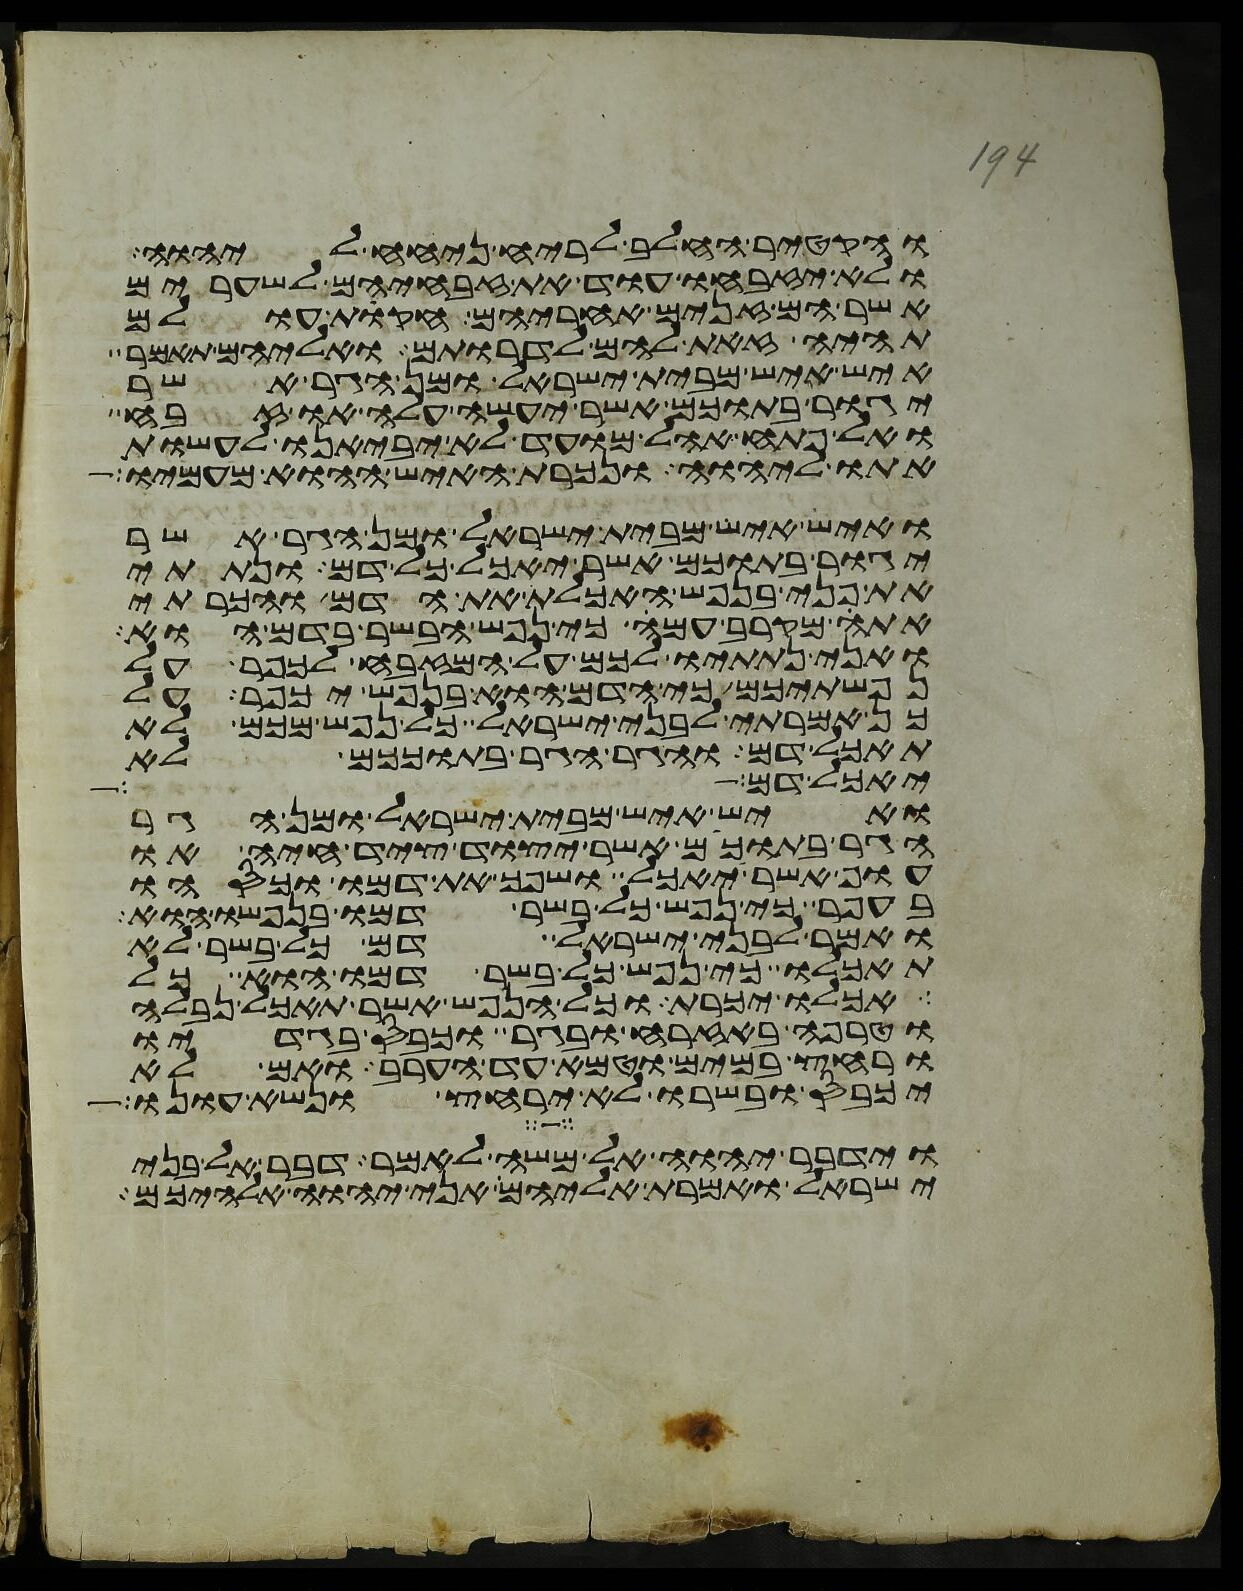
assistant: והקטיר החלב לריח ניחח ליהוה
ולא יזבחו עוד את זבחיהם לשערים
אשר הם זנים אחריהם חקות עולם
תהיה זאת להם לדרותם ואליהם תאמר
איש איש מבית ישראל ומן הגר אשר
יגור בתוכם אשר יעשה עלה או זבח
ואל פתח אהל מועד לא יביאנו לעשות
אתו ליהוה ונכרת האיש ההוא מעמיו
ואיש איש מבית ישראל ומן הגר אשר
יגור בתוכם אשר יאכל כל דם ונתתי
את פני בנפש האכלת את הדם והכרתי
אתה מקרב עמה כי נפש הבשר בדם הוא
ואני נתתיו לכם על המזבח לכפר על
נפשתיכם כי הדם הוא בנפש יכפר על
כן אמרתי לבני ישראל כל נפש מכם לא
תאכל דם והגר הגר בתוככם לא
יאכל דם
ואיש איש מבית ישראל ומן הגר
הגר בתוככם אשר יצוד ציד חיה או
עוף אשר יאכל ושפך את דמו וכסהו
בעפר כי נפש כל בשר דמו בנפשו הוא
ואמר לבני ישראל דם כל בשר לא
תאכלו כי נפש כל בשר דמו הוא כל
אכלו יכרת וכל הנפש אשר תאכל נבלה
וטרפה באזרח ובגר וכבס בגדיו
ורחץ במים וטמא עד הערב ואם לא
יכבס ובשרו לא ירחץ ונשא עונו
וידבר יהוה אל משה לאמר דבר אל בני
ישראל ואמרת אליהם אני יהוה אלהיכם